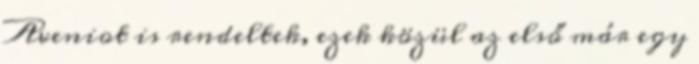
Aveniot is rendeltek, ezek közül az első már egy